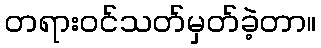
တရားဝင်သတ်မှတ်ခဲ့တာ။